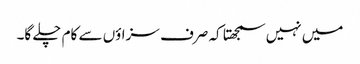
میں نہیں سمجھتا کہ صرف سزاؤں سے کام چلے گا۔